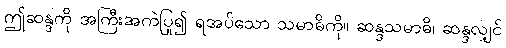
ဤဆန္ဒကို အကြီးအကဲပြု၍ ရအပ်သော သမာဓိကို။ ဆန္ဒသမာဓိ၊ ဆန္ဒလျှင်